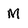
Character: M